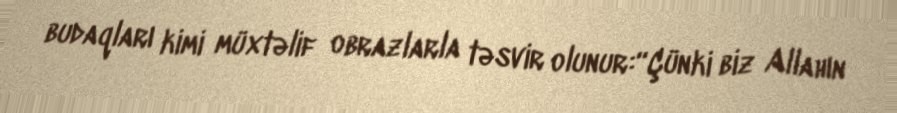
budaqları kimi müxtəlif obrazlarla təsvir olunur:“Çünki biz Allahın